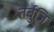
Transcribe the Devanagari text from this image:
तर्बुजि